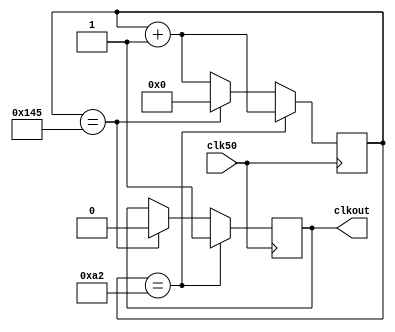
`timescale 1ns / 1ps
//////////////////////////////////////////////////////////////////////////////////
// Module Name:    clkdiv 
//////////////////////////////////////////////////////////////////////////////////
module clkdiv(clk50, clkout);
input clk50;              //
output clkout;          //
reg clkout;
reg [15:0] cnt;

always @(posedge clk50)   //
begin
  if(cnt == 16'd162)
  begin
    clkout <= 1'b1;
    cnt <= cnt + 16'd1;
  end
  else if(cnt == 16'd325)
  begin
    clkout <= 1'b0;
    cnt <= 16'd0;
  end
  else
  begin
    cnt <= cnt + 16'd1;
  end
end
endmodule